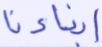
أبناءنا